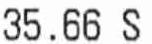
35.66 S